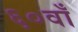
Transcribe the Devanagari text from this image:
६०वाँ